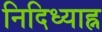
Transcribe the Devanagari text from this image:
निदिध्याह्न